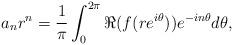
LaTeX: \begin{align*}a_n r^n = \frac{1}{\pi} \int_0^{2 \pi} \Re( f(r e^{i \theta}) )e ^{-in \theta}d\theta , \end{align*}